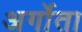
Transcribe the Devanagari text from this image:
अर्गोता